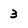
Character: 3